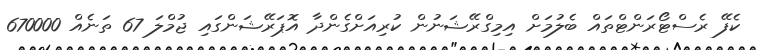
ކެފޭ ރެސްޓޯރަންޓްތައް ބެލުމަށް އިމިގްރޭޝަނުން ކުރިއަށްގެންދާ އޮޕަރޭޝަންގައި ޖުމްލަ 67 ތަނެއް 670000